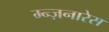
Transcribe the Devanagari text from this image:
म्न्ज़नारेस